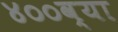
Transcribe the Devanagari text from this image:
४००व्या